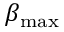
\beta _ { \mathrm { m a x } }